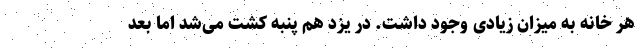
هر خانه به میزان زیادی وجود داشت. در یزد هم پنبه کشت می‌شد اما بعد